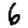
Digit: 6